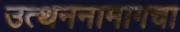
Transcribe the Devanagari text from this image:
उत्थननामागचा